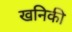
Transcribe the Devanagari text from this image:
खनिकी